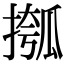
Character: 摦